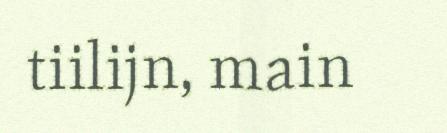
tiilijn, main